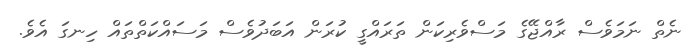
ނެތް ނަމަވެސް ރާއްޖޭގެ މަސްވެރިކަން ތަރައްގީ ކުރަން އަބަދުވެސް މަސައްކަތްތައް ހިނގަ އެވެ.